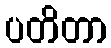
ပတိတာ